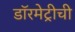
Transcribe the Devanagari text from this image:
डॉरमेट्रीची